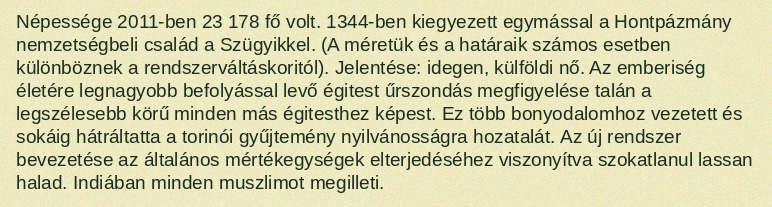
Népessége 2011-ben 23 178 fő volt. 1344-ben kiegyezett egymással a Hontpázmány nemzetségbeli család a Szügyikkel. (A méretük és a határaik számos esetben különböznek a rendszerváltáskoritól). Jelentése: idegen, külföldi nő. Az emberiség életére legnagyobb befolyással levő égitest űrszondás megfigyelése talán a legszélesebb körű minden más égitesthez képest. Ez több bonyodalomhoz vezetett és sokáig hátráltatta a torinói gyűjtemény nyilvánosságra hozatalát. Az új rendszer bevezetése az általános mértékegységek elterjedéséhez viszonyítva szokatlanul lassan halad. Indiában minden muszlimot megilleti.